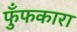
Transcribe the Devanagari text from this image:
फुँफकारा